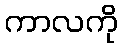
ကာလကို